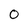
Character: 0